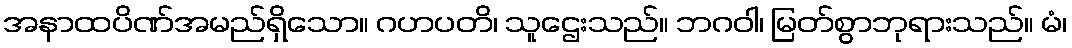
အနာထပိဏ်အမည်ရှိသော။ ဂဟပတိ၊ သူဌေးသည်။ ဘဂဝါ၊ မြတ်စွာဘုရားသည်။ မံ၊